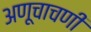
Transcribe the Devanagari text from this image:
अणूचाचणी